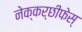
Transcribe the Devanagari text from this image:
नेक्कर्छीफेस्